Problem: 31 + 42 = ?
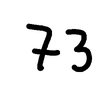
Handwritten answer: 73